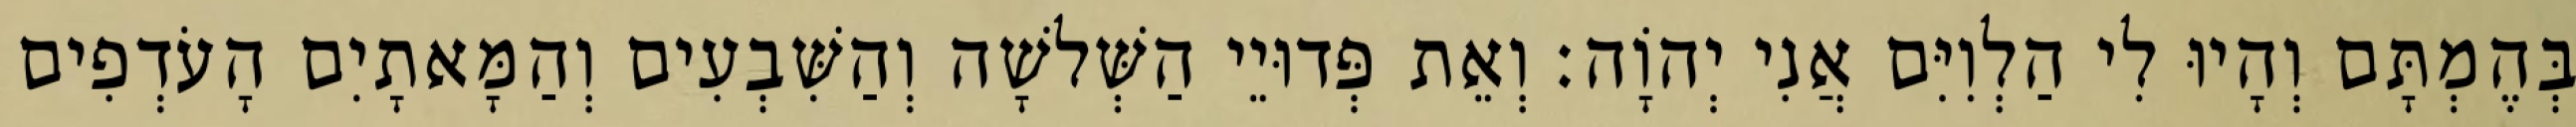
בְּהֶמְתָּם וְהָיוּ לִי הַלְוִיִּם אֲנִי יְהוָֹה׃ וְאֵת פְּדוּיֵי הַשְּׁלשָׁה וְהַשִּׁבְעִים וְהַמָּאתָיִם הָעֹדְפִים